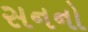
સનનો